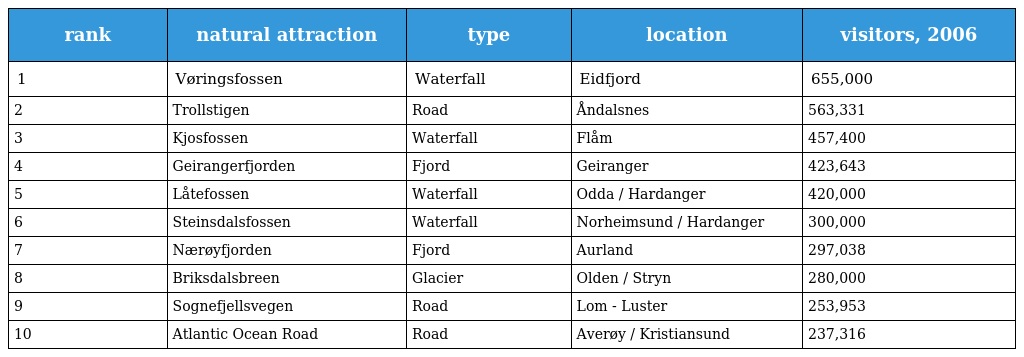
| rank | natural attraction | type | location | visitors, 2006 |
 | --- | --- | --- | --- | --- |
 | 1 | Vøringsfossen | Waterfall | Eidfjord | 655,000 |
 | 2 | Trollstigen | Road | Åndalsnes | 563,331 |
 | 3 | Kjosfossen | Waterfall | Flåm | 457,400 |
 | 4 | Geirangerfjorden | Fjord | Geiranger | 423,643 |
 | 5 | Låtefossen | Waterfall | Odda / Hardanger | 420,000 |
 | 6 | Steinsdalsfossen | Waterfall | Norheimsund / Hardanger | 300,000 |
 | 7 | Nærøyfjorden | Fjord | Aurland | 297,038 |
 | 8 | Briksdalsbreen | Glacier | Olden / Stryn | 280,000 |
 | 9 | Sognefjellsvegen | Road | Lom - Luster | 253,953 |
 | 10 | Atlantic Ocean Road | Road | Averøy / Kristiansund | 237,316 |